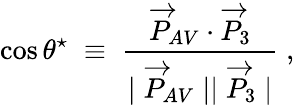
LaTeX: \cos\theta^{\star}\; \equiv\; \frac{\overrightarrow{P}_{AV}\cdot\overrightarrow{P}_{3}}{\mid\overrightarrow{P}_{AV}\mid\mid\overrightarrow{P}_{3}\mid}\; ,\,